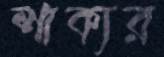
শাক্যর